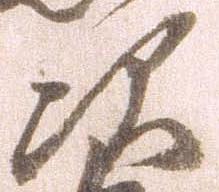
次